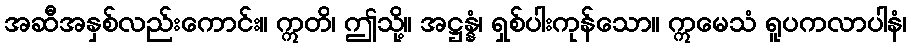
အဆီအနှစ်လည်းကောင်း။ ဣတိ၊ ဤသို့။ အဋ္ဌန္နံ၊ ရှစ်ပါးကုန်သော။ ဣမေသံ ရူပကလာပါနံ၊